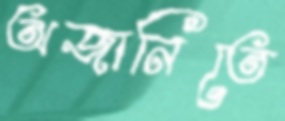
অজানিতে